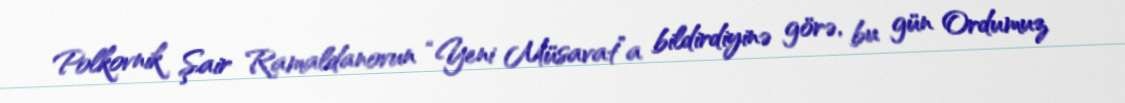
Polkovnik Şair Ramaldanovun “Yeni Müsavat”a bildirdiyinə görə, bu gün Ordumuz